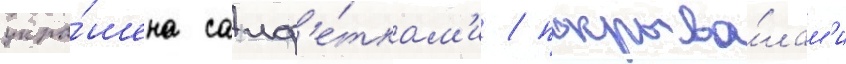
укра́шена салф'е́ткам'и / покрыва́лам'и